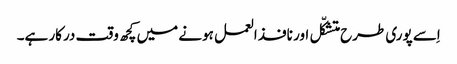
اِسے پوری طرح متشکّل اور نافذ العمل ہونے میں کچھ وقت درکار ہے۔